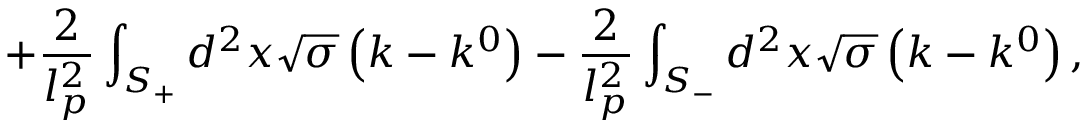
+ \frac { 2 } { l _ { p } ^ { 2 } } \int _ { S _ { + } } ^ { { } } d ^ { 2 } x \sqrt { \sigma } \left( k - k ^ { 0 } \right) - \frac { 2 } { l _ { p } ^ { 2 } } \int _ { S _ { - } } d ^ { 2 } x \sqrt { \sigma } \left( k - k ^ { 0 } \right) ,